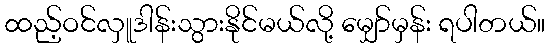
ထည့်ဝင်လှူဒါန်းသွားနိုင်မယ်လို့ မျှော်မှန်း ရပါတယ်။